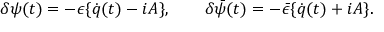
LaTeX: \delta \psi ( t ) = - \epsilon \{ \dot { q } ( t ) - i A \} , \qquad \delta \bar { \psi } ( t ) = - \bar { \epsilon } \{ \dot { q } ( t ) + i A \} .